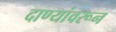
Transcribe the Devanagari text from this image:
दाण्यांवरून